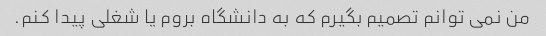
من نمی توانم تصمیم بگیرم که به دانشگاه بروم یا شغلی پیدا کنم.